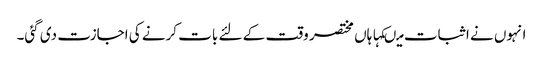
انہوں نے اثبات میںکہا ہاں مختصر وقت کے لئے بات کرنے کی اجازت دی گئی۔